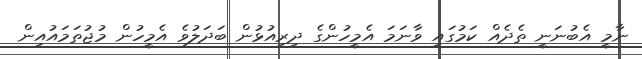
ނާމީ އެބުނަނީ ތެދެއް ކަމުގައި ވާނަމަ އެމީހުންގެ ދިރިއުޅުން ބަދަލުވެ އެމީހުން މުޖުތަމައުއިން